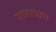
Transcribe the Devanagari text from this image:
नावाचाच